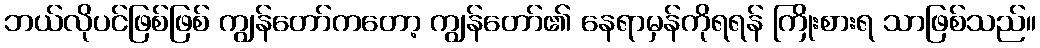
ဘယ်လိုပင်ဖြစ်ဖြစ် ကျွန်တော်ကတော့ ကျွန်တော်၏ နေရာမှန်ကိုရရန် ကြိုးစားရ သာဖြစ်သည်။